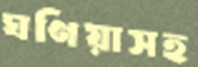
ঘণিয়াসহ